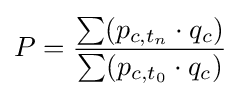
P={\frac {\sum (p_{c,t_{n}}\cdot q_{c})}{\sum (p_{c,t_{0}}\cdot q_{c})}}